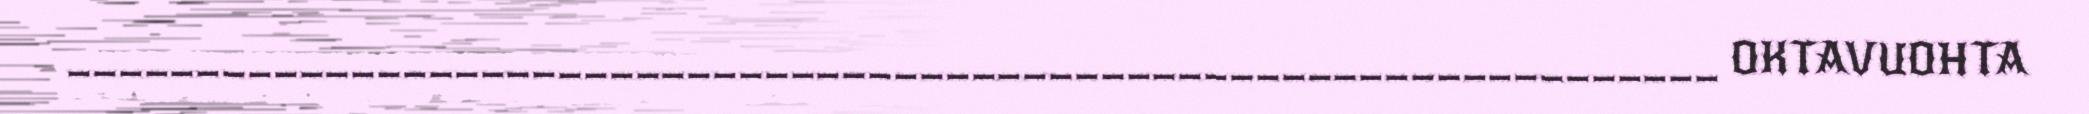
________________________________________________________________ OKTAVUOHTA